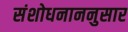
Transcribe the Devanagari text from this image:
संशोधनाननुसार